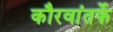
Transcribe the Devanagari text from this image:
कौरवांतर्फे